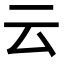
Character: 云